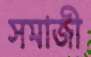
সমাজী